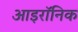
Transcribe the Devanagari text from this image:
आइरॉनिक